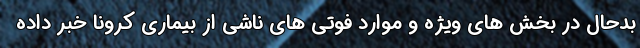
بدحال در بخش های ویژه و موارد فوتی های ناشی از بیماری کرونا خبر داده